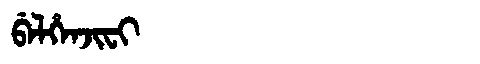
Manchu: ᠪᡝᠯᡥᡝᠨᠵᡳᠸᡳ
Romanization: BELHENJIFI